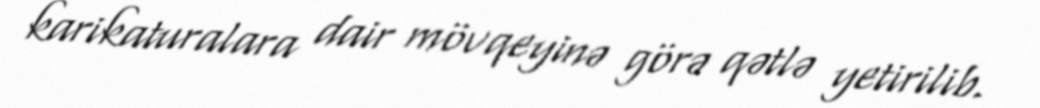
karikaturalara dair mövqeyinə görə qətlə yetirilib.